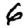
Digit: 6